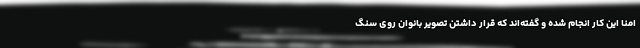
امنا این کار انجام شده و گفته‌اند که قرار داشتن تصویر بانوان روی سنگ